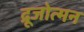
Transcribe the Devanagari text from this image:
द्रूजोत्मन